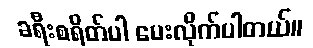
ခရီးစရိတ်ပါ ပေးလိုက်ပါတယ်။